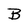
Character: B